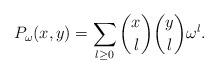
LaTeX: \begin{align*}P_\omega(x,y)=\sum_{l\geq 0} \binom{x}{l}\binom{y}{l}\omega^l.\end{align*}